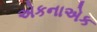
એકનાએક